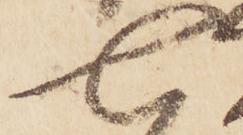
七